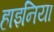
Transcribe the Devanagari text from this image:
हाइनिया